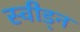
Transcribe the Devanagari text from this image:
स्वीड्न